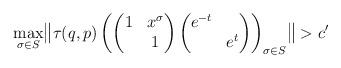
LaTeX: \begin{align*} \max_{\sigma\in S}\bigl\|\tau(q,p)\left(\begin{pmatrix}1& x^{\sigma} \\ &1 \end{pmatrix} \begin{pmatrix}e^{-t}&\\&e^t\end{pmatrix}\right)_{\sigma\in S} \bigr\|>c'\end{align*}